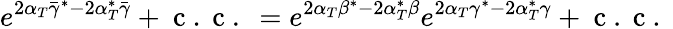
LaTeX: e^{2\alpha_{T}\bar{\gamma}^{\ast}-2\alpha_{T}^{\ast}\bar{\gamma}}+\mathrm{~c~.~c~.~}=e^{2\alpha_{T}\beta^{\ast}-2\alpha_{T}^{\ast}\beta}e^{2\alpha_{T}\gamma^{\ast}-2\alpha_{T}^{\ast}\gamma}+\mathrm{~c~.~c~.~}